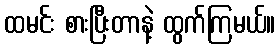
ထမင်း စားပြီးတာနဲ့ ထွက်ကြမယ်။